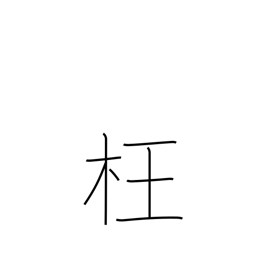
Meaning: perverse